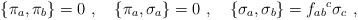
\begin{align*}\{\pi_a,\pi_b\}=0\ ,\ \ \ \{\pi_a,\sigma_a\} =0\ ,\ \ \ \{\sigma _a,\sigma _b\}=f_{ab}{}^{c}\sigma_c\ ,\end{align*}